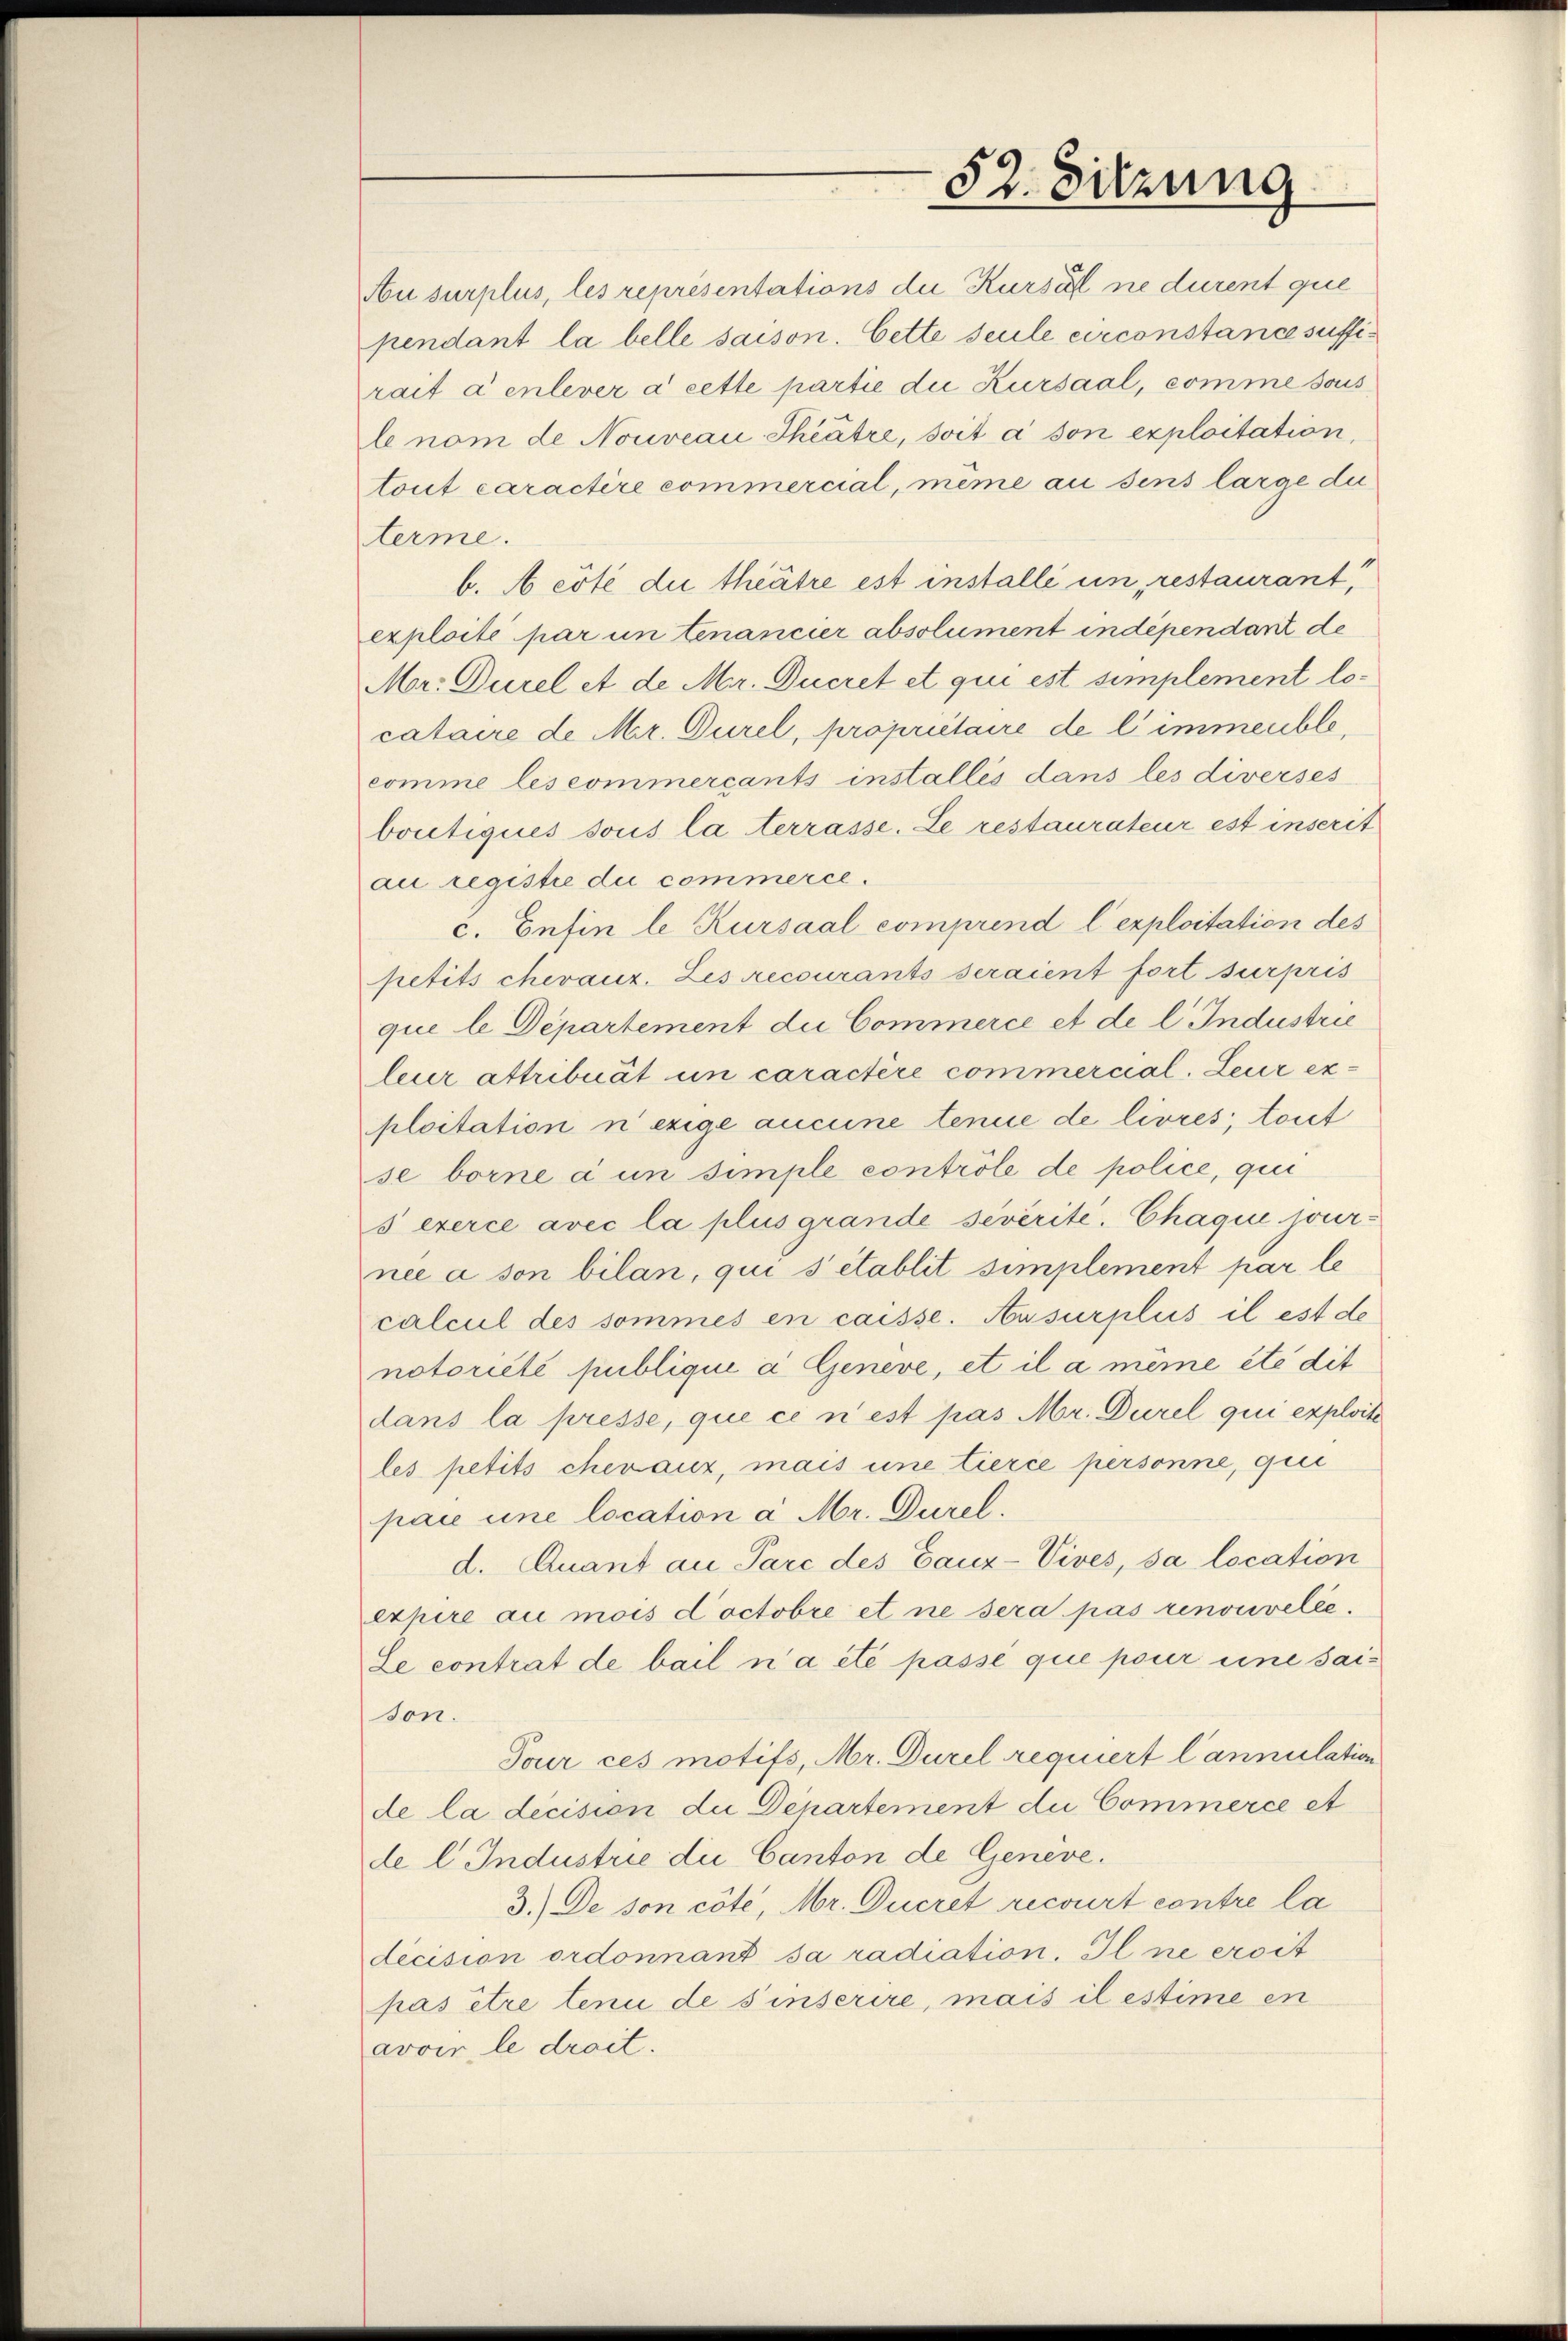
52. Sitzung

Au surplus, les representations der Kurse ne durent que
pendant la belle saison. Cette seule circonstance suffirait à enlever à cette partie die Kursaal, comme sous
le nom de Nouveau-Thiätze, soit à son exploitation,
tout caractire commercial, meme au sens large du
terme.
b. Aeste die theatre est installi un, restaurant,
exploité par un tenancier absolument independant de
Mr: Durel et de Mar. Ducret et qui est simplement locataire de Mer. Durel, propriétaire de l’immeuble
comme les commercants installis dans les diverses
boutiques sous la terrasse. Le restaurateur est inserit
au registie du commerce.
c. Enfin le Kursaal comprend l. exploitation des
petits chevaux. Les recourants seraient fort surpris
qui le Departement die Commerce et de l. Industrie
leur attribuät un caractère commercial. Leur exploitation n’exige aucune tenue de livres, tout
se borne à un simple contrôle de police, qui
s exerce avec la plus grande sévérite. Chaque journee à son bilan, qui s’établit simplement par le
calcul des sommes en caisse. Ausurplus il est de
notoriété publique à Geneve, et il a même été dit
dans la presse, que ce n’est pas Mr. Durel qui exploite
les petits chevaux, mais une tierce personne, qui
pan une location à Mr. Durel.
d. Quant an Parc des Gauz-Vives, sa location
expire au mois doctobre et ne sera pas renouvelée.
Le contrat de bail n’a été passé que pour eine sais
son.
Tour ces motifs, Mr. Durel requiert l’annulation
de la decision, die Departement du Commerce et
de l. Industrie die Canton de Geneve.
3.) De son côté, Mr. Ducret recourt contre la
decision ordonnant sa radiation. Il ne croit
pas être tenu de sinserire, mais il estime en
avoir le droit.